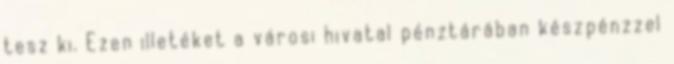
tesz ki. Ezen illetéket a városi hivatal pénztárában készpénzzel